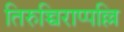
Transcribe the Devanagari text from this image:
तिरुच्चिराप्पल्लि